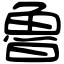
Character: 魯